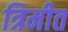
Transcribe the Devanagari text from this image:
त्रिमीत